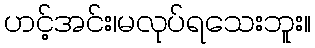
ဟင့်အင်း၊မလုပ်ရသေးဘူး။